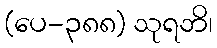
(ပေ-၃၈၈) သုရဘိ၊